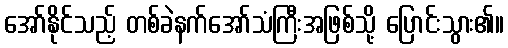
အော်နိုင်သည့် တစ်ခဲနက်အော်သံကြီးအဖြစ်သို့ ပြောင်းသွား၏။